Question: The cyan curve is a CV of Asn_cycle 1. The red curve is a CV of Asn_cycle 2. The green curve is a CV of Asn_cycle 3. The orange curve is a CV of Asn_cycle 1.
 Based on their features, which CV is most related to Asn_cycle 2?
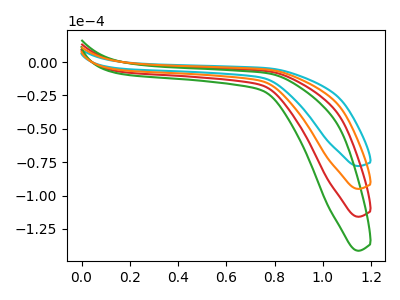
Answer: <think>The cyan curve "Asn_cycle 1" has no peaks. The red curve "Asn_cycle 2" has no peaks. The green curve "Asn_cycle 3" has no peaks. The orange curve "Asn_cycle 1" has no peaks.
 Neither "Asn_cycle 1" or "Asn_cycle 2" have any peaks. Neither "Asn_cycle 1" or "Asn_cycle 3" have any peaks. Neither "Asn_cycle 1" or "Asn_cycle 1" have any peaks. Neither "Asn_cycle 2" or "Asn_cycle 3" have any peaks. Neither "Asn_cycle 2" or "Asn_cycle 1" have any peaks. Neither "Asn_cycle 3" or "Asn_cycle 1" have any peaks.</think>
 <answer>"Asn_cycle 2", "Asn_cycle 3" and "Asn_cycle 1" have a similar shape to "Asn_cycle 1".</answer>
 <eval>"Asn_cycle 2" "Asn_cycle 3" "Asn_cycle 1"</eval>